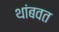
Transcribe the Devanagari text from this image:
थांबवत